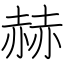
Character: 赫